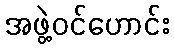
အဖွဲ့ဝင်ဟောင်း